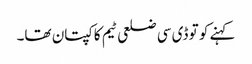
کہنے کو تو ڈی سی ضلعی ٹیم کا کپتان تھا۔